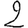
Digit: 2